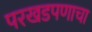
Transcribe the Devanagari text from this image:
परखडपणाचा